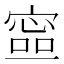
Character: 𡪕